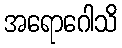
အရောဂေါသိ